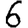
Digit: 6